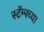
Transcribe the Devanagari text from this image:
स्टॅम्पच्या